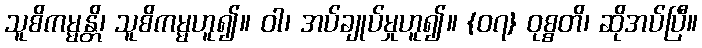
သူစိကမ္မန္တိ၊ သူစိကမ္မဟူ၍။ ဝါ၊ အပ်ချုပ်မှုဟူ၍။ {၀၇} ဝုစ္စတိ၊ ဆိုအပ်ပြီ။